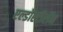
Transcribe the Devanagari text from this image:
एल्डोस्टीरॉन